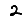
Digit: 2